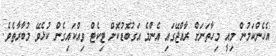
އެހެންކަމުން މިއީ މިހާތަނަށް ރާއްޖޭގައި އެންމެ އަގުބޮޑުކޮށް ޓިކެޓް ވިއްކައިގެން ކުޅެވޭ މުބާރާތެވެ.